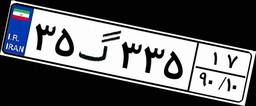
۳۵گ۳۳۵۱۷